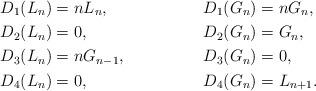
LaTeX: \begin{align*}&D_{1}(L_{n})=nL_n,& \ &D_{1}(G_n)=nG_n,&\\&D_{2}(L_{n})=0,& \ &D_{2}(G_n)=G_n,&\\&D_{3}(L_{n})=nG_{n-1},&\ &D_{3}(G_n)=0,&\\&D_{4}(L_{n})=0,&\ &D_{4}(G_n)=L_{n+1}.&\end{align*}